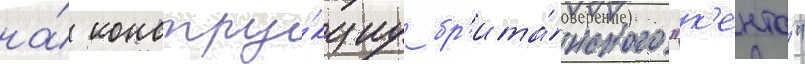
на́ констру́кциу бр'ита́нского "к'ента́"